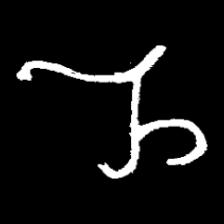
Pyu character \u2014 Myanmar letter: ည (romanized: nya)